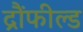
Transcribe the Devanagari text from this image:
द्रौंफील्ड